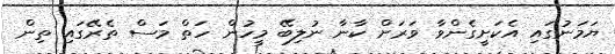
ޔަމަނުގައި އެކަށީގެންވާ ވަރަށް ކާނާ ނުލިބޭ މީހުން ހަތް މަސް ތެރޭގައި ތިން